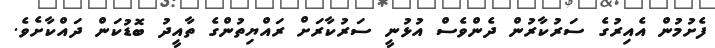
ފެށުމުން އެއިރުގެ ސަރުކާރުން ދެންވެސް އުޅުނީ ސަރުކާރަށް ރައްޔިތުންގެ ތާއީދު ބޮޑުކަން ދައްކާށެވެ.